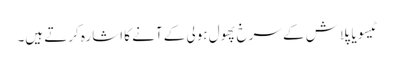
ٹیسو یا پلاش کے سرخ پھول ہولی کے آنے کا اشارہ کرتے ہیں۔